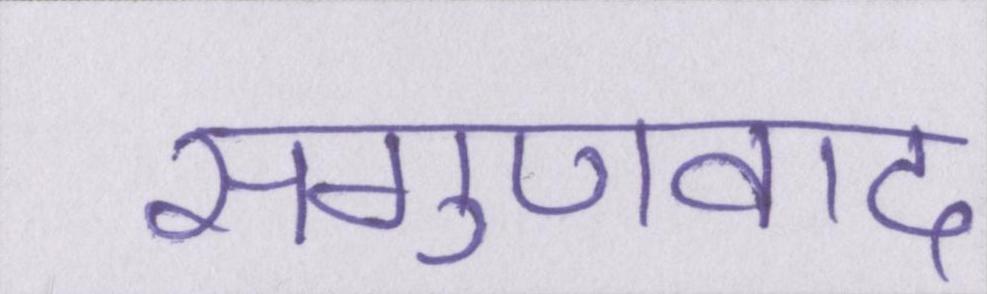
सगुणवाद